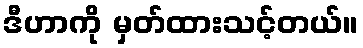
ဒီဟာကို မှတ်ထားသင့်တယ်။